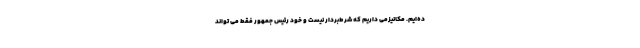
ده‌ایم. مکانیزمی داریم که شرط‌بردار نیست و خود رئیس جمهور فقط می تواند